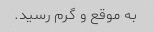
به موقع و گرم رسید.